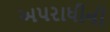
અપરાધીની